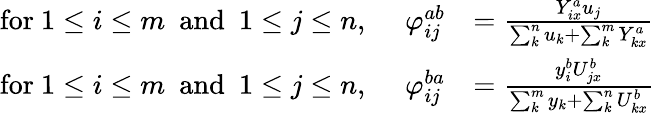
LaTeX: \begin{array}{rl}{\mathrm{for~}1\leq i\leq m~\mathrm{~and~}~1\leq j\leq n,~~~~~\varphi_{ij}^{ab}}&{=\frac{Y_{ix}^{a}u_{j}}{\sum_{k}^{n}u_{k}+\sum_{k}^{m}Y_{kx}^{a}}}\\ {\mathrm{for~}1\leq i\leq m~\mathrm{~and~}~1\leq j\leq n,~~~~~{\varphi}_{ij}^{ba}}&{=\frac{y_{i}^{b}U_{jx}^{b}}{\sum_{k}^{m}y_{k}+\sum_{k}^{n}U_{kx}^{b}}}\end{array}